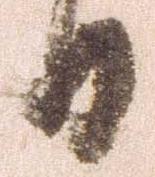
日